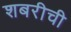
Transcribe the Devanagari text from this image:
शबरीची